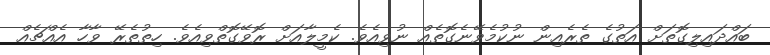
ބައްދައިލިގޮތަށް އަތުގެ ތެރެއިން ނުކުމެވޭނެގޮތެއް ނުވިއެވެ. ކެމީލާއަށް ރޮވޭގޮތްވިއެވެ. ހިތުތެރޭ ވާހާ އެއްޗެއް